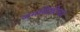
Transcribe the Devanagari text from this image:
जमखिंडीच्या